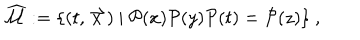
\widehat { { \mathcal { M } } } : = \{ ( t , \stackrel { \rightharpoonup } { x } ) \ | \ { \mathcal { P } } ( x ) { \mathcal { P } } ( y ) { \mathcal { P } } ( t ) = { \mathcal { P } } ( z ) \} \ ,